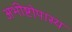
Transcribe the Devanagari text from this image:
अभीष्टोपास्य